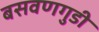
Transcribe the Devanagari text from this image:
बसवणगुडी